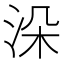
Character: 𣳼